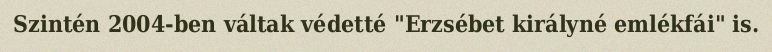
Szintén 2004-ben váltak védetté "Erzsébet királyné emlékfái" is.